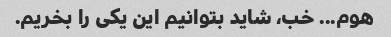
هوم... خب، شاید بتوانیم این یکی را بخریم.